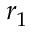
r _ { 1 }